Report on vaccination in Madras 1922-1929 - 1922-1929
Year: 1922
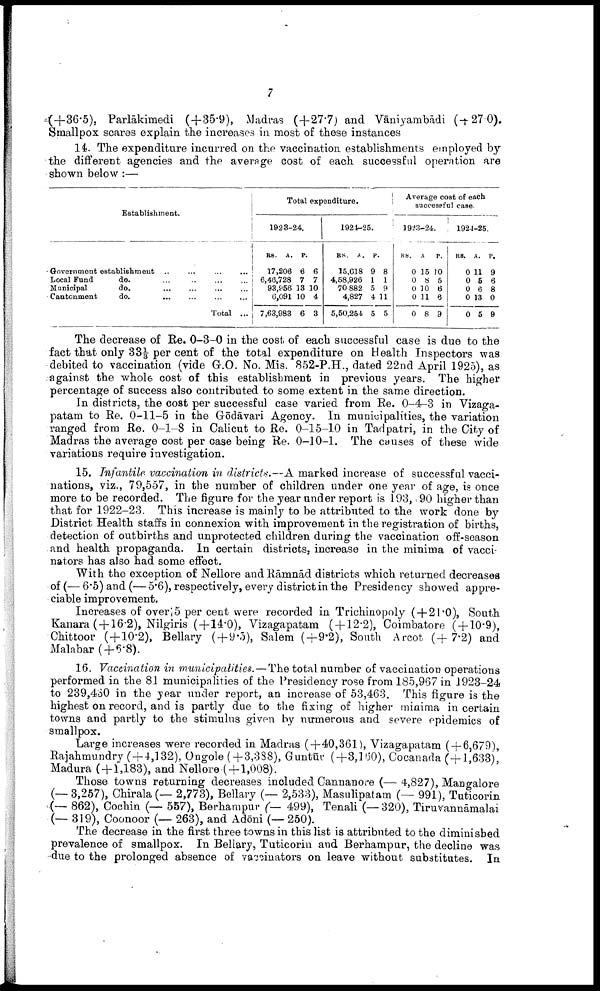
7
(+36.5), Parlākimedi (+35.9), Madras (+27.7) and Vāniyambādi (+27.0).
Smallpox scares explain the increases in most of these instances
14. The expenditure incurred on the vaccination establishments employed by
the different agencies and the average cost of each successful operation are
shown below :—
Establishment.
Government establishment ..
...
...
...
Local Fund
do.
...
…
…
…
Municipal
do.
…
…
…
…
Cantonment
do.
…
…
…
…
Total ...
Total expenditure.
1923-24.
RS.
17,206
6,48,728
93,956
6,091
7,63,983
A.
6
7
13
10
6
P.
6
7
10
4
3
1921-25.
RS.
15,618
4,58,926
70,882
4,827
5,50,254
A.
9
1
5
4
5
P.
8
1
9
11
5
Average cost of each
successful case.
1923-24.
RS.
0
0
0
0
0
A.
15
8
10
11
8
P.
10
5
6
6
9
1924-25.
RS.
0
0
0
0
0
A.
11
5
6
13
5
P.
9
6
8
0
9
The decrease of Re. 0-3-0 in the cost of each successful case is due to the
fact that only 33⅓ per cent of the total expenditure on Health Inspectors was
debited to vaccination (vide G.O. No. Mis. 852-P.H., dated 22nd April 1925), as
against the whole cost of this establishment in previous years. The higher
percentage of success also contributed to some extent in the same direction.
In districts, the cost per successful case varied from Re. 0-4-3 in Vizaga¬
patam to Re. 0-11-5 in the Gōdāvari Agency. In municipalities, the variation
ranged from Re. 0-1-8 in Calicut to Re. 0-15-10 in Tadpatri, in the City of
Madras the average cost per case being Re. 0-10-1. The causes of these wide
variations require investigation.
15. Infantile vaccination in districts.—A marked increase of successful vacci
nations, viz., 79,557, in the number of children under one year of age, is once
more to be recorded. The figure for the year under report is 193, 90 higher than
that for 1922-23. This increase is mainly to be attributed to the work done by
District Health staffs in connexion with improvement in the registration of births,
detection of outbirths and unprotected children during the vaccination off-season
and health propaganda. In certain districts, increase in the minima of vacci
nators has also had some effect.
With the exception of Nellore and Rāmnād districts which returned decreases
of (- 6.5) and (- 5.6), respectively, every district in the Presidency showed appre
ciable improvement.
Increases of over 5 per cent were recorded in Trichinopoly (+21.0), South
Kanara( + 16.2), Nilgiris (+14.0), Vizagapatam ( + 12.2), Coimbatore (+10.9),
Chittoor (+10.2), Bellary (+9.5), Salem (+9.2), South Arcot (+7.2) and
Malabar (+6.8).
16. Vaccination in municipalities.—The total number of vaccination operations
performed in the 81 municipalities of the Presidency rose from 185,967 in 1923-24
to 239,430 in the year under report, an increase of 53,463. This figure is the
highest on record, and is partly due to the fixing of higher minima in certain
towns and partly to the stimulus given by numerous and severe epidemics of
smallpox.
Large increases were recorded in Madras (+40,361), Vizagapatam ( + 6,679),
Rajahmundry ( + 4,132), Ongole ( + 3,388), Guntūr (+3,160), Cocanada (+1,633),
Madura (+1,183), and Nellore (+1,008).
Those towns returning decreases included Cannanore (- 4,827), Mangalore
(-3,257), Chirala(- 2,773), Bellary (- 2,533), Masulipatam (- 991), Tuticorin
(- 862), Cochin (-557), Berhampur (- 499), Tenali (-320), Tiruvannāmalai
(-319), Coonoor (-263), and Adōni (-250).
The decrease in the first three towns in this list is attributed to the diminished
prevalence of smallpox. In Bellary, Tuticorin and Berhampur, the decline was
due to the prolonged absence of vaccinators on leave without substitutes. In